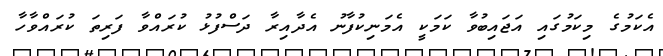
އެކަމުގެ މިކަމުގައި އަޖައިބުވާ ކަމަކީ އެމަނިކުފާނު އެދާއިރާ ދަސްފުޅު ކުރައްވާ ފަރިތަ ކުރައްވާހާ